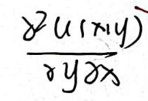
\frac{\partial^{2} u(x,y)}{\partial y\partial x}